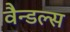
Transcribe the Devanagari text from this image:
वैन्डल्स